Code of medical and sanitary regulations for the guidance of medical officers serving in the Madras Presidency - Volume I
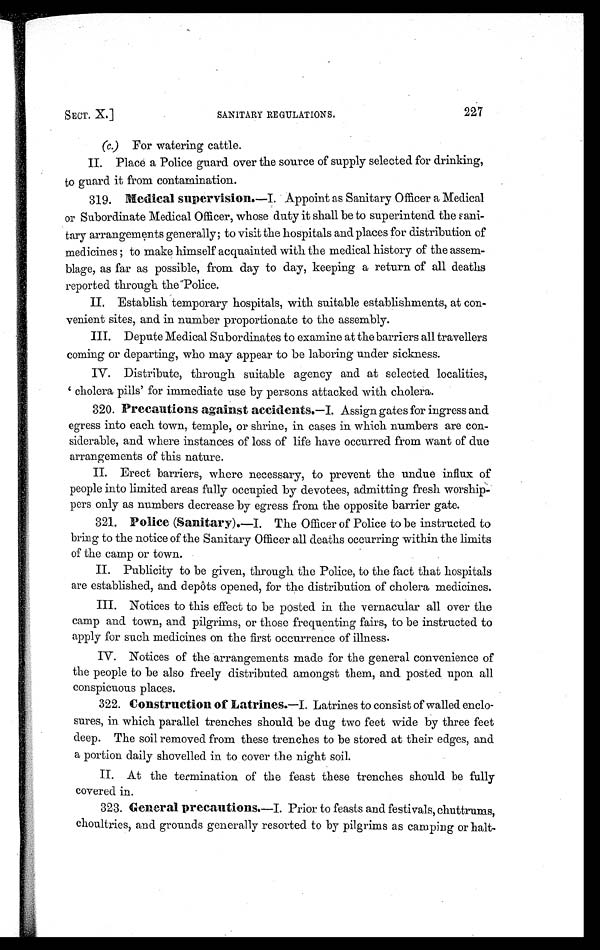
SECT. X.]
SANITARY REGULATIONS.
227
(c.) For watering cattle.
II. Place a Police guard over the source of supply selected for drinking,
to guard it from contamination.
319. Medical supervision. —I. Appoint as Sanitary Officer a Medical
or Subordinate Medical Officer, whose duty it shall be to superintend the sani-
tary arrangements generally; to visit the hospitals and places for distribution of
medicines ; to make himself acquainted with the medical history of the assem-
blage, as far as possible, from day to day, keeping a return of all deaths
reported through the Police.
II. Establish temporary hospitals, with suitable establishments, at con-
venient sites, and in number proportionate to the assembly.
III. Depute Medical Subordinates to examine at the barriers all travellers
coming or departing, who may appear to be laboring under sickness.
IV. Distribute, through suitable agency and at selected localities,
' cholera pills' for immediate use by persons attacked with cholera.
320. Precautions against accidents. —I. Assign gates for ingress and
egress into each town, temple, or shrine, in cases in which numbers are con-
siderable, and where instances of loss of life have occurred from want of due
arrangements of this nature.
II. Erect barriers, where necessary, to prevent the undue influx of
people into limited areas fully occupied by devotees, admitting fresh worship-
pers only as numbers decrease by egress from the opposite barrier gate.
321. Police (Sanitary).—I. The Officer of Police to be instructed to
bring to the notice of the Sanitary Officer all deaths occurring within the limits
of the camp or town.
II. Publicity to be given, through the Police, to the fact that hospitals
are established, and depôts opened, for the distribution of cholera medicines.
III. Notices to this effect to be posted in the vernacular all over the
camp and town, and pilgrims, or those frequenting fairs, to be instructed to
apply for such medicines on the first occurrence of illness.
IV. Notices of the arrangements made for the general convenience of
the people to be also freely distributed amongst them, and posted upon all
conspicuous places.
322. Construction of Latrines.—I. Latrines to consist of walled enclo-
sures, in which parallel trenches should be dug two feet wide by three feet
deep. The soil removed from these trenches to be stored at their edges, and
a portion daily shovelled in to cover the night soil.
II. At the termination of the feast these trenches should be fully
covered in.
323. General precautions. —I. Prior to feasts and festivals, chuttrums,
choultries, and grounds generally resorted to by pilgrims as camping or halt-